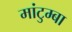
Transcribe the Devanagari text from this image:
मांटुम्बा